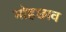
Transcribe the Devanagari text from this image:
मोहछाव